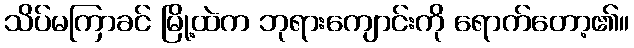
သိပ်မကြာခင် မြို့ထဲက ဘုရားကျောင်းကို ရောက်တော့၏။